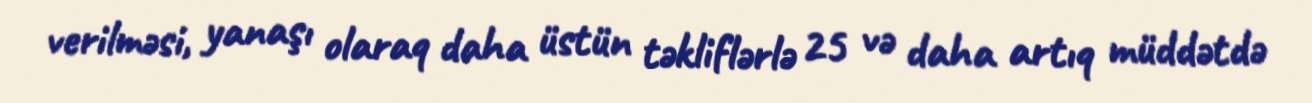
verilməsi, yanaşı olaraq daha üstün təkliflərlə 25 və daha artıq müddətdə